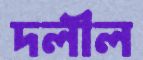
দলীল